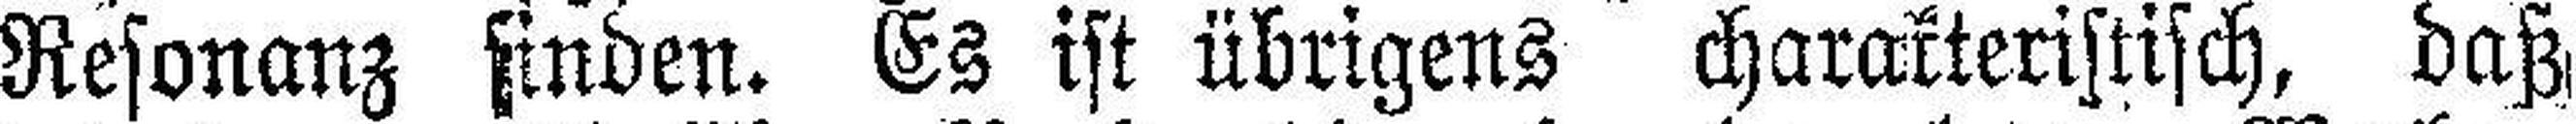
Resonanz finden. Es ist übrigens charakteristisch, daß